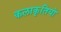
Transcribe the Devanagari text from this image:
कलाकृतियो